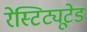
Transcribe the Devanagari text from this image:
रेस्टिट्यूटेड